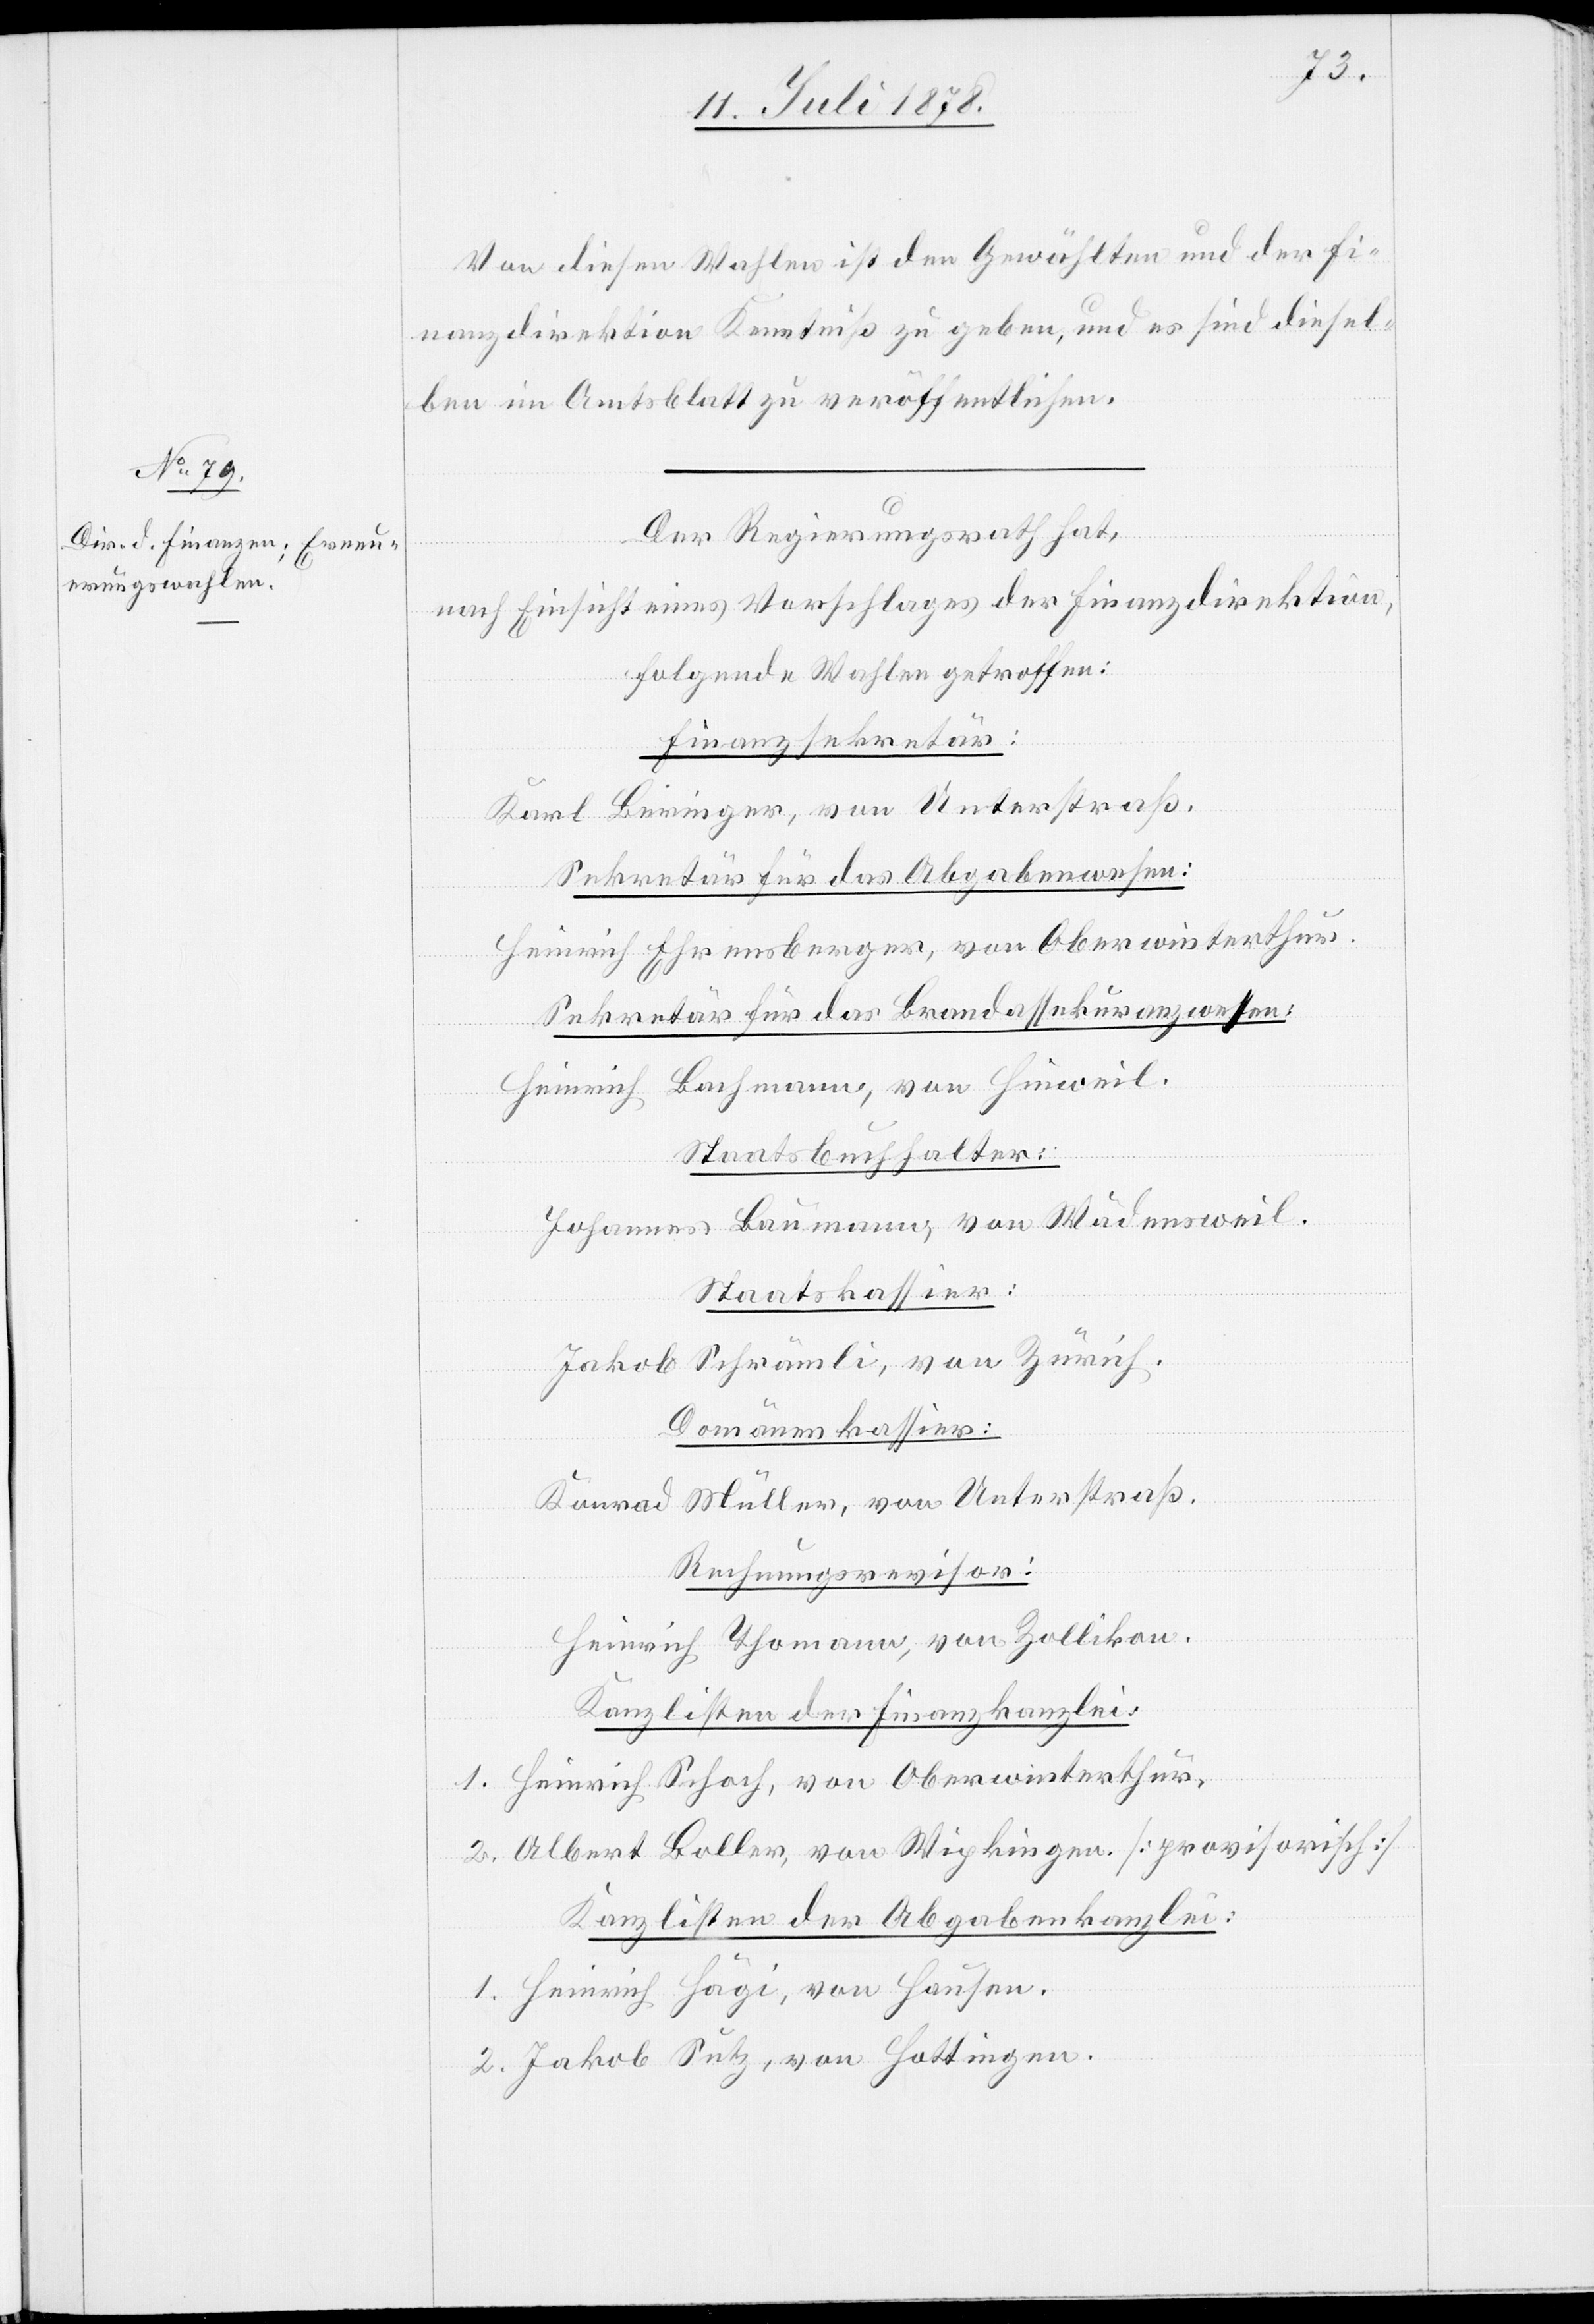
Von diesen Wahlen ist den Gewählten und der Fi¬
nanzdirektion Kenntniß zu geben, und es sind diesel¬
ben im Amtsblatt zu veröffentlichen.
Der Regierungsrath hat,
folgende Wahlen getroffen:
Finanzsekretär
Karl Beringer, von Unterstraß.
Sekretär für das Abgabenwesen:
Heinrich Ehrensberger, von Oberwinterthur.
Sekretär für das Brandassekuranzwesen:
Heinrich Bachmann, von Hinweil.
Staatsbuchhalter:
Johannes Baumann, von Wädensweil.
Staatskassier:
Jakob Schrämli, von Zürich.
Domänenkassier:
Konrad Müller, von Unterstraß.
Rechnungsrevisor:
Heinrich Thomann, von Zollikon.
Kanzlisten der Finanzkanzlei:
1. Heinrich Schoch, von Oberwinterthur.
2. Albert Boller, von Wipkingen [provisorisch]
Kanzlisten der Abgabenkanzlei:
1. Heinrich Hägi, von Hausen.
2. Jakob Sutz, von Hottingen.